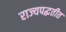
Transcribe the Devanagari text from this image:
राज्यपद्धतीत